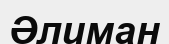
Әлиман